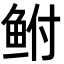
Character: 鲋